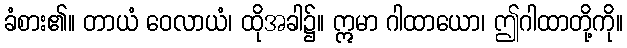
ခံစား၏။ တာယံ ဝေလာယံ၊ ထိုအခါ၌။ ဣမာ ဂါထာယော၊ ဤဂါထာတို့ကို။